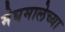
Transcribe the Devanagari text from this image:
मेघमालेच्या